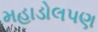
મહાડોલપણ